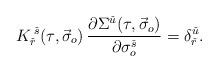
LaTeX: \begin{align*}K_{\check{r}}^{\;\check{s}}(\tau,\vec{\sigma}_o)\,\frac{\partial\Sigma^{\check{u}}(\tau,\vec{\sigma}_o)}{\partial\sigma_o^{\check{s}}}= \delta^{\check{u}}_{\check{r}}. \end{align*}